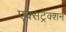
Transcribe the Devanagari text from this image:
एक्सट्रॅक्शन